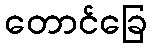
တောင်ခြေ